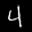
Label: 4